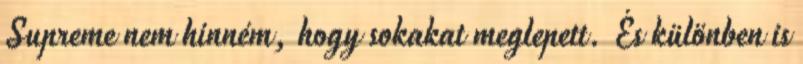
Supreme nem hinném, hogy sokakat meglepett. És különben is